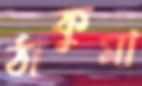
ঠাকুমা